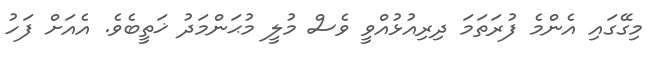
މިގޭގައި އެންމެ ފުރަތަމަ ދިރިއުޅުއްވީ ވެސް މުލީ މުޙަންމަދު ޚަތީބެވެ. އެއަށް ފަހު